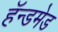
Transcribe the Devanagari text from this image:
हॅन्डमेड